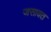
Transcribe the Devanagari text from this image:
जसावत